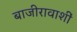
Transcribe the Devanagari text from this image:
बाजीरावाशीं